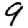
Digit: 9